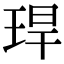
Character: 𤥚